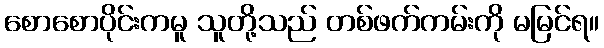
စောစောပိုင်းကမူ သူတို့သည် တစ်ဖက်ကမ်းကို မမြင်ရ။